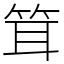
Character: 䇯